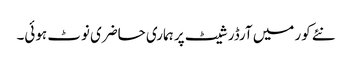
نئے کور میں آرڈر شیٹ پر ہماری حاضری نوٹ ہوئی۔